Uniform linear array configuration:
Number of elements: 24
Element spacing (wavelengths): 1
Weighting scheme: hann
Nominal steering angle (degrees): -30
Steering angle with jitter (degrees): -31.921
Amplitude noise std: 0.05
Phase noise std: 0.05

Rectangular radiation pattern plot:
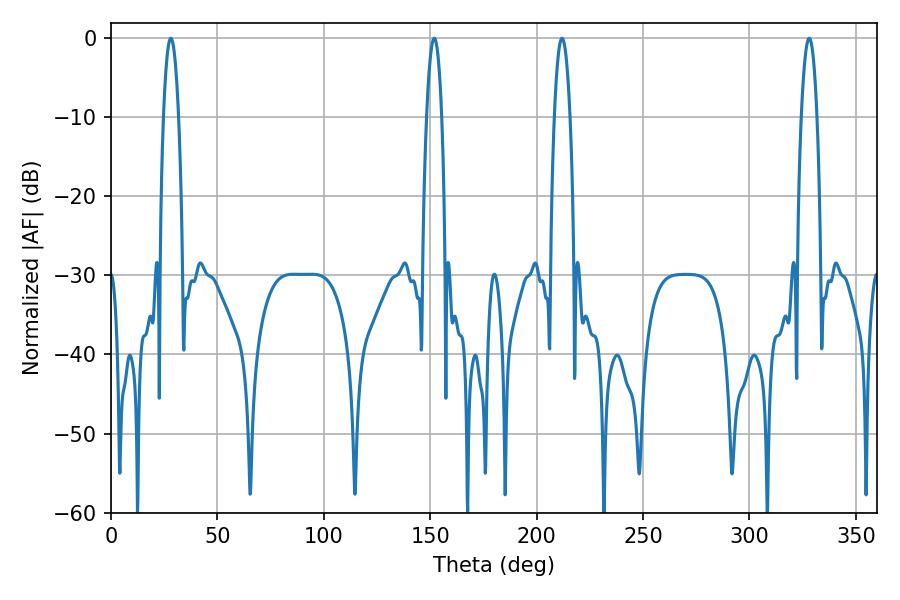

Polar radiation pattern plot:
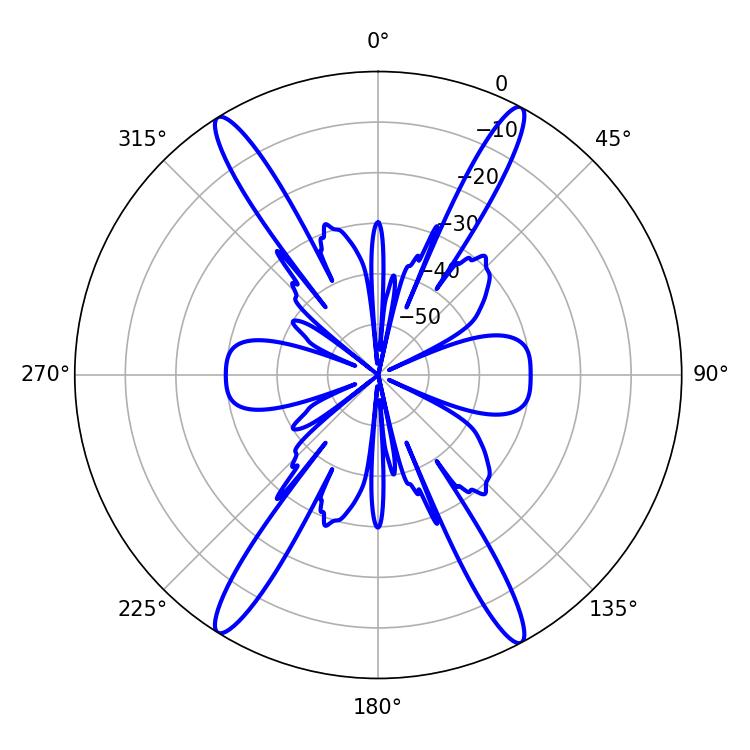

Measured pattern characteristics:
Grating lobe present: TRUE
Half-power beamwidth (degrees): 3.96
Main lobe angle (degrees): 28.08